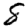
Digit: 8